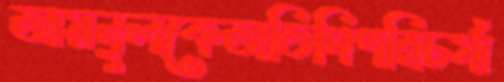
আয়নুলকেঅতিথিপরিচর্যা